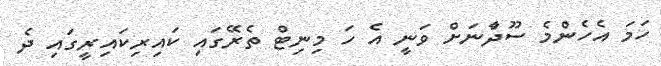
ހަމަ އެހެންމެ ސޫދާްނަށް ވަނީ އެ ހަ މިނިޓް ތެރޭގައި ކައިރިކައިރީގައި ދެ